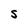
Character: S